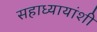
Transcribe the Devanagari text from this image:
सहाध्यायांशी